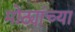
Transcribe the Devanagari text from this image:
मोठ्यांच्या